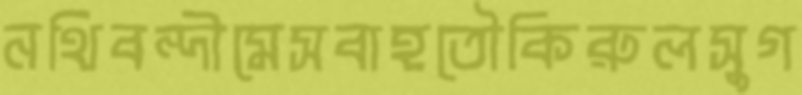
নথিবন্দীমেসবাহতৌকিরুলসুগ